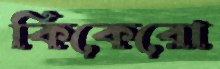
কিকেরো